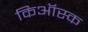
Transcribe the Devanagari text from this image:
किऑस्क